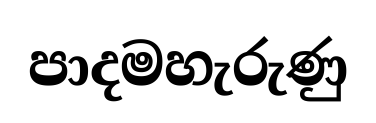
පාදමහැරුණු